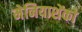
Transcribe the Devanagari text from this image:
मेनियाशेंको